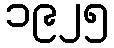
၁၉၂၅